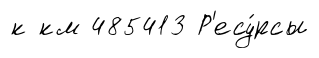
к км 485413 Р'есу́рсы